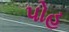
પોહ